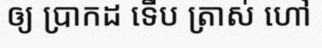
ឲ្យ ប្រាកដ ទើប ត្រាស់ ហៅ